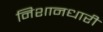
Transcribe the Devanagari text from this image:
निशानधारी